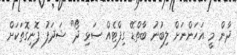
ދާން މީ އަހަންނަށް ލިބުނު ބާތްޑޭ ގިފްޓެއް ސަޅި ދޯ" ޝަދަފު ފޮނިގޮތަކަށް